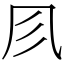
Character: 𠘱